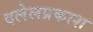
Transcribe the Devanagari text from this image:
दलेलप्रकाश